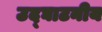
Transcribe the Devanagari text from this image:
उद्घाटनीय